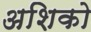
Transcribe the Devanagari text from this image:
अशिको